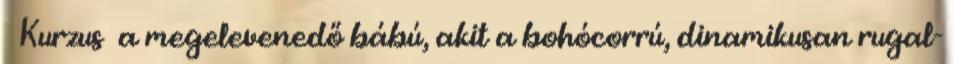
Kurzus a megelevenedő bábú, akit a bohócorrú, dinamikusan rugal-